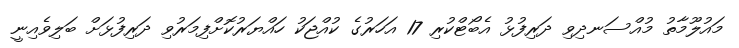
މައުލޫމާތު މުއްސަނދިވި ދަރިފުޅު އެބޯޓްކުރި 17 އަހަރުގެ ކުއްޖަކު ހައްޔަރުކޮށްފިމަރުވި ދަރިފުޅަށް ބަލިވެއިނީ